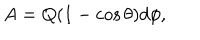
LaTeX: A = Q ( 1 - \cos \theta ) d \phi ,